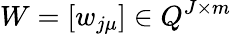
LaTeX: W=[w_{j\mu}]\in Q^{J\times m}